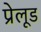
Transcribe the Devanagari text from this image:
प्रेलूड